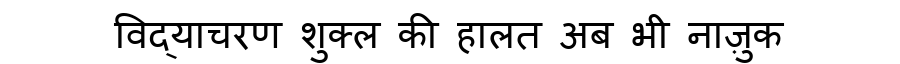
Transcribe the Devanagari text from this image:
विद्याचरण शुक्ल की हालत अब भी नाज़ुक